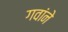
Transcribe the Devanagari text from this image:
गवांने